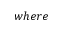
w h e r e